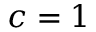
c = 1